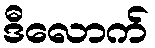
ဒီလောက်